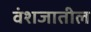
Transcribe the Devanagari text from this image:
वंशजातील